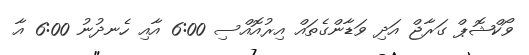
ވޯކްޝޮޕް ގަރާޖް އަދި ވަޑާންގެތައް އިރުއޮއްސި 6:00 އާއި ހެނދުނު 6:00 އާ